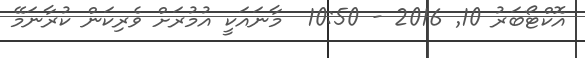
އޮކްޓޯބަރު 10